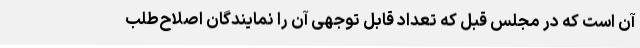
آن است که در مجلس قبل که تعداد قابل ‌توجهی آن را نمایندگان اصلاح‌طلب